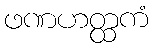
ဖဏဟတ္ထကံ